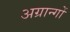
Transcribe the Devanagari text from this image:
अग्रान्गों